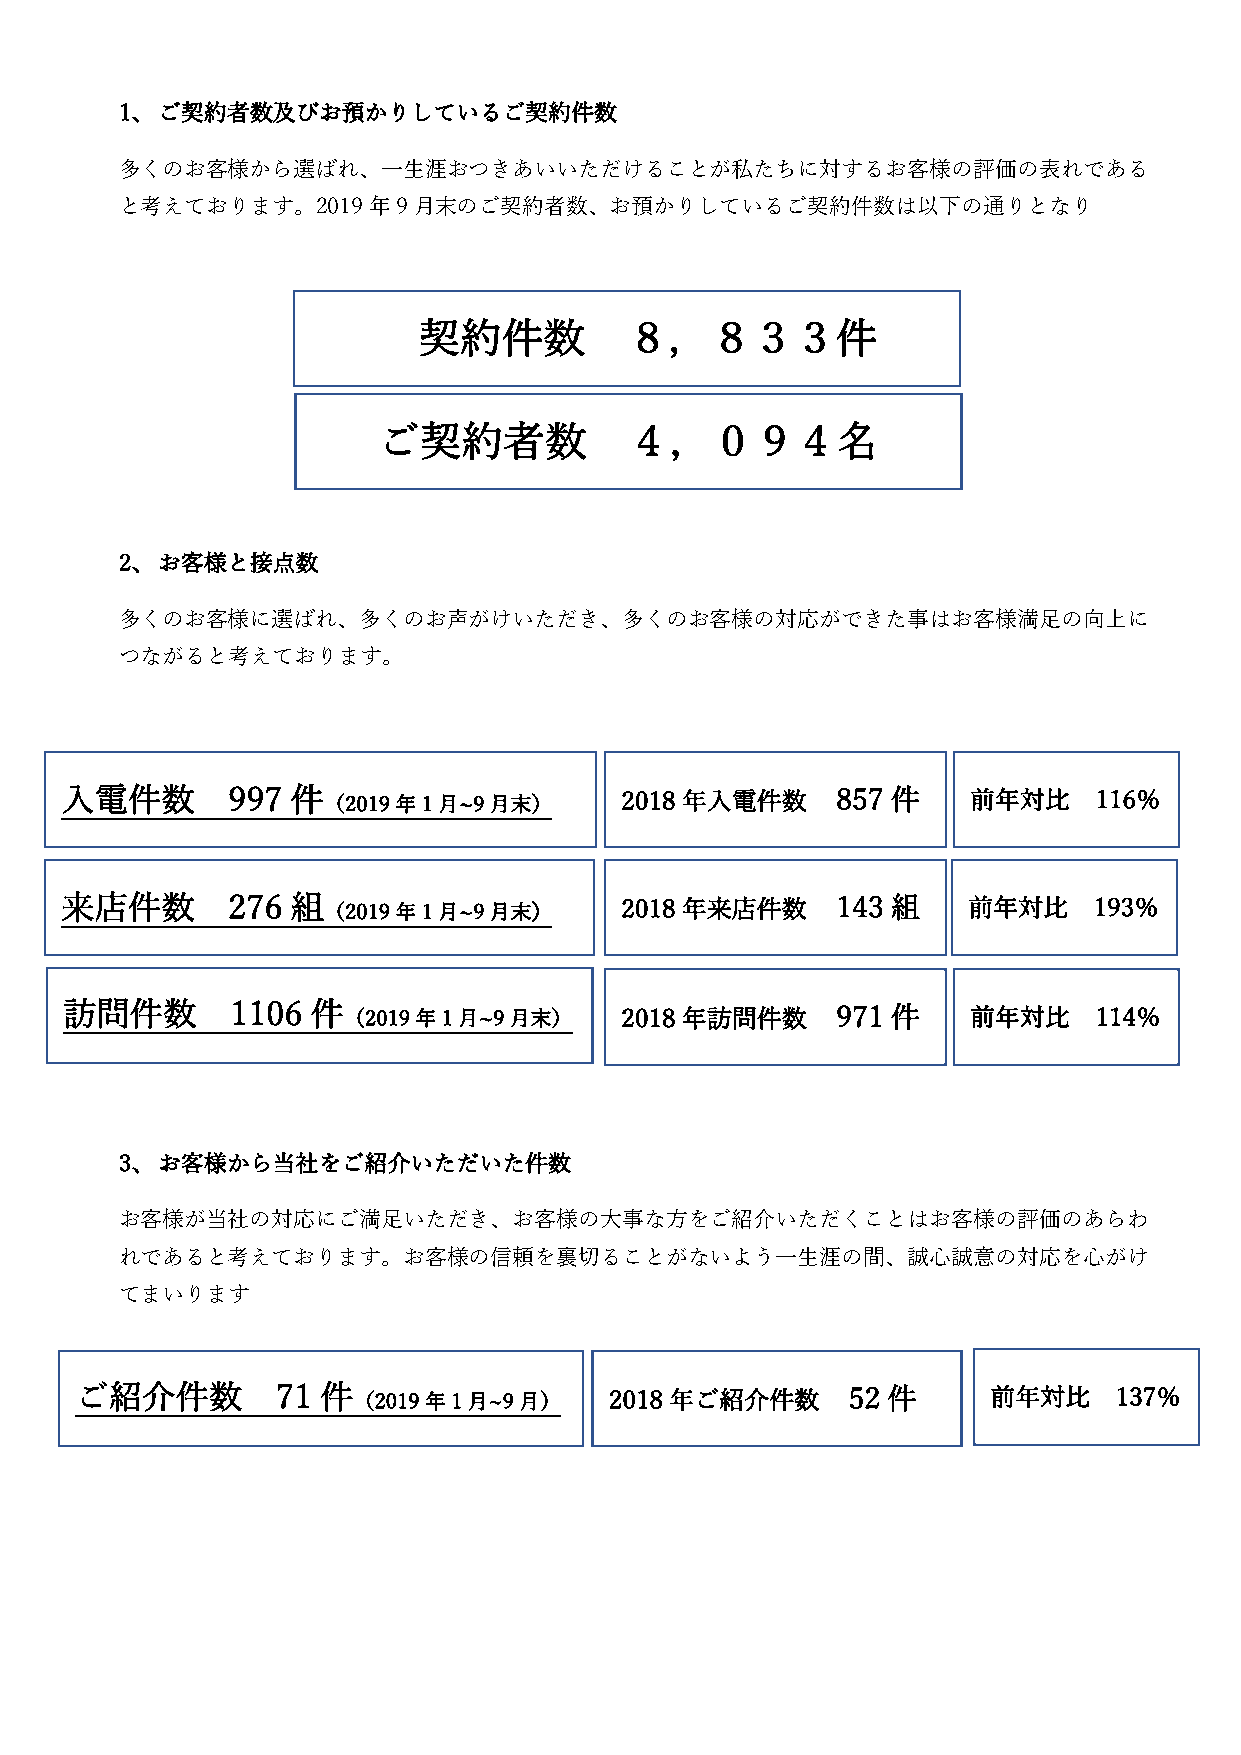
1、 ご契約者数及びお預かりしているご契約件数
 多くのお客様から選ばれ、一生涯おつきあいいただけることが私たちに対するお客様の評価の表れである
 と考えております。2019年9月末のご契約者数、お預かりしているご契約件数は以下の通りとなり
 ご契約件数           ８，８３３件
 ご契約者数            ４，０９４名
 2、 お客様と接点数
 多くのお客様に選ばれ、多くのお声がけいただき、多くのお客様の対応ができた事はお客様満足の向上に
 つながると考えております。
 入 電件数      997 件 （2019年1月~9月末）       2018年入電件数     857 件    前年対比    116％
 来店件数       276 組 （2019年1月~9月末）       2018年来店件数     143 組    前年対比    193％
 訪問件数       1106  件 （2019年1月~9月末）     2018年訪問件数     971 件    前年対比    114％
 月 ）
 3、 お客様から当社をご紹介いただいた件数
 お客様が当社の対応にご満足いただき、お客様の大事な方をご紹介いただくことはお客様の評価のあらわ
 れであると考えております。お客様の信頼を裏切ることがないよう一生涯の間、誠心誠意の対応を心がけ
 てまいります
 ご紹介件数        71 件 （2019年1月~9月）     2018年ご紹介件数      52 件      前年対比    137％
 月）